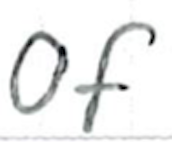
Text: of
Cross-out: clean
Writing tool: ballpoint